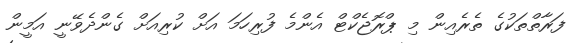
ފަރާތްތަކުގެ ތެރެއިން މި ޕްރޮޖެކްޓް އެންމެ ފުރިހަމަ އަށް ކުރިއަށް ގެންދެވޭނީ އަމީން